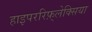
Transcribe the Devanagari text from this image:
हाइपररिफ़्लेक्सिया